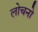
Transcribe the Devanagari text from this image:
लोचनो